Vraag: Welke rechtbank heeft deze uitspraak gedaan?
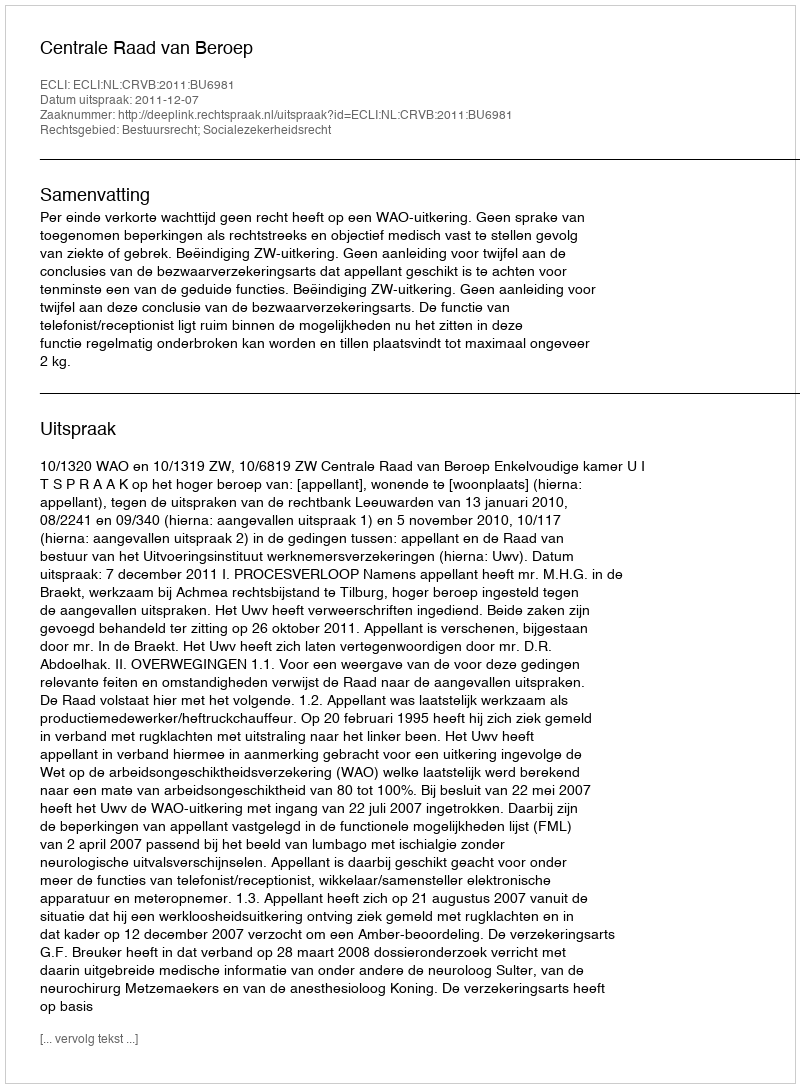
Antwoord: Centrale Raad van Beroep